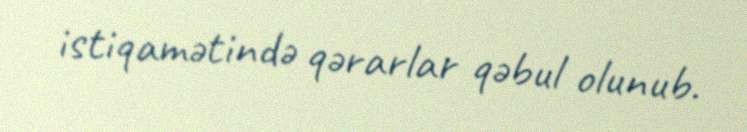
istiqamətində qərarlar qəbul olunub.